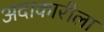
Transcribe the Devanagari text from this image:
अदाकारीला